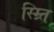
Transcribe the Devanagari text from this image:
स्म्र्ति